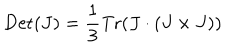
LaTeX: \mathrm { D e t } ( J ) = \frac { 1 } { 3 } \mathrm { T r } ( J \cdot ( J \times J ) )